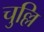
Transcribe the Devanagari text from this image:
चुल्लि